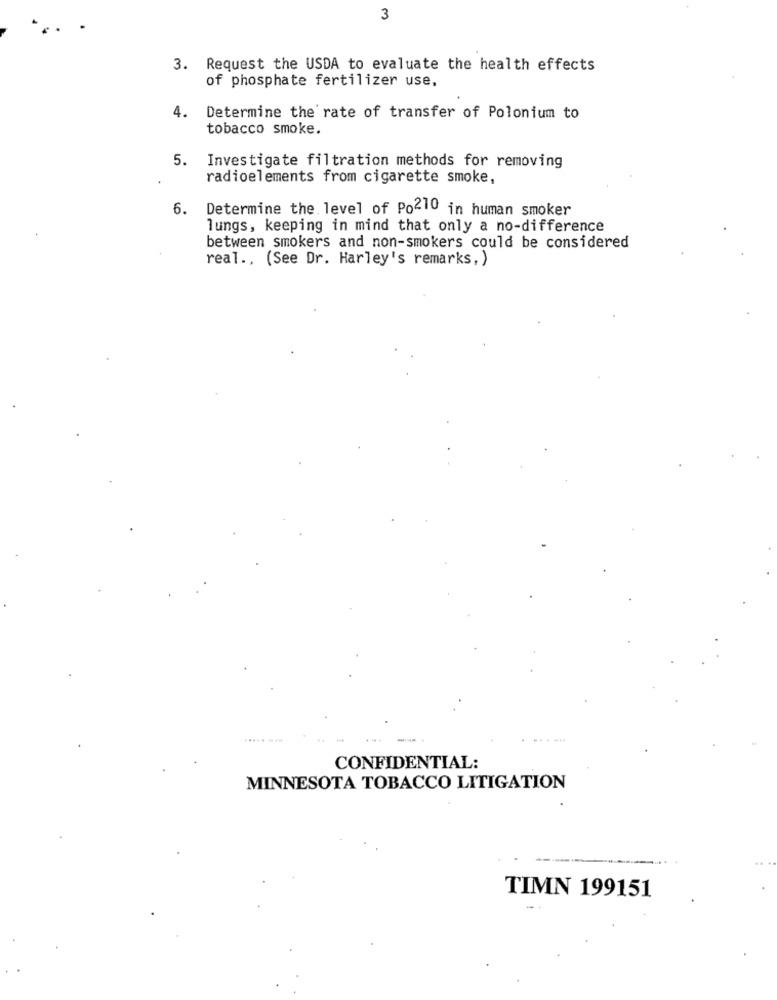
3
...
3. Request the USDA to evaluate the health effects
of phosphate fertilizer use,
4.
Determine the rate of transfer of Polonium to
tobacco smoke.
5. Investigate filtration methods for removing
radioelements from cigarette smoke,
6. Determine the level of Po210 in human smoker
lungs, keeping in mind that only a no-difference
between smokers and non-smokers could be considered
real ., (See Dr. Harley's remarks, )
CONFIDENTIAL:
MINNESOTA TOBACCO LITIGATION
TIMN 199151